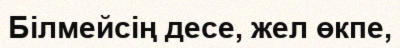
Білмейсің десе, жел өкпе,